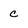
Character: c